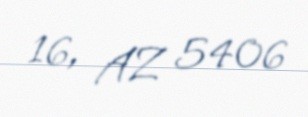
16, AZ 5406